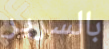
بالسرير